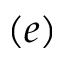
( e )